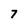
Character: 7